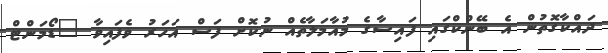
ދައްކާގޮތުން އެ ބޭންކްގައި ފައިސާގެ މުއާމަލާތެއް ނުކޮށް ފަސް އަހަރު ވެފައިވާ "ޑޯމަންޓް